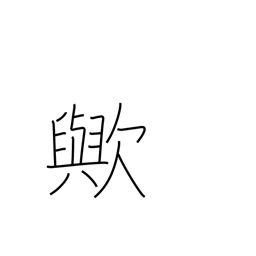
Meaning: interrogative particle